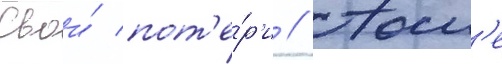
Свои́ пот'е́р'и // Посл'е